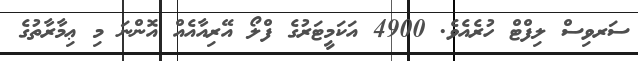
ސަރވިސް ލިފްޓް ހުރެއެވެ. 4900 އަކަމީޓަރުގެ ފްލޯ އޭރިއާއެއް އޮންނަ މި ޢިމާރާތުގެ